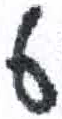
אות: ט